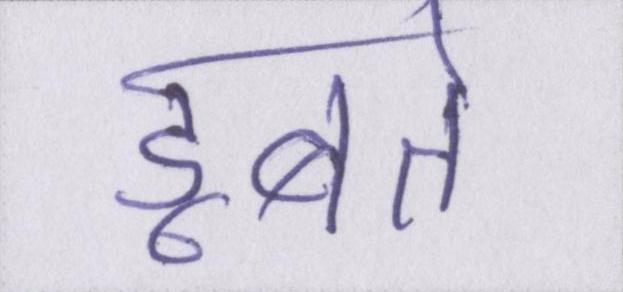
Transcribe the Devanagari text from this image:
डूबते